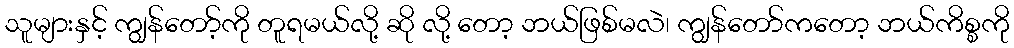
သူများနှင့် ကျွန်တော့်ကို တူရမယ်လို့ ဆို လို့ တော့ ဘယ်ဖြစ်မလဲ၊ ကျွန်တော်ကတော့ ဘယ်ကိစ္စကို